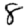
Digit: 8